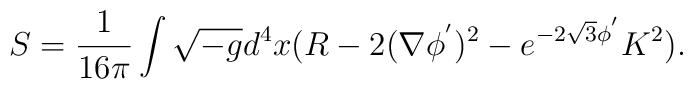
S = \frac{1}{16\pi} \int \sqrt{-g} d^4 x( R - 2 (\nabla \phi^{'})^2 - e^{-2\sqrt{3} \phi^{'}} K^2 ).